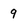
Character: 9